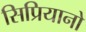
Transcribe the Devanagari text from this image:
सिप्रियानो